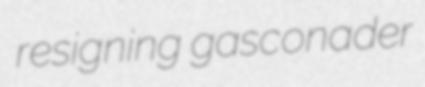
resigning gasconader